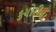
કચોરીના